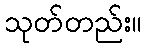
သုတ်တည်း။